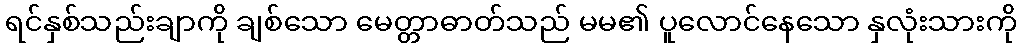
ရင်နှစ်သည်းချာကို ချစ်သော မေတ္တာဓာတ်သည် မမ၏ ပူလောင်နေသော နှလုံးသားကို